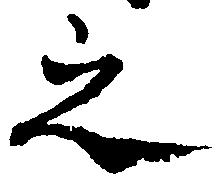
之